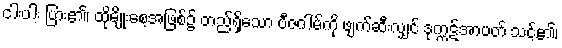
ငါးပါး ပြား၏၊ ထိုမျိုးစေ့အဖြစ်၌ တည်ရှိသော ဗီဇဂါမ်ကို ဖျက်ဆီးလျှင် ဒုက္ကဋ်အာပတ် သင့်၏၊